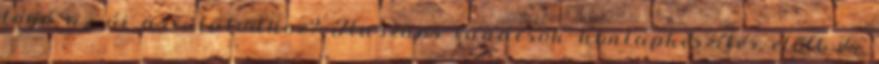
logó az új arculatodhoz? Hasznos tanácsok honlapkészítés előtt és